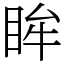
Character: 眸